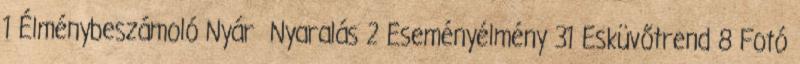
1 Élménybeszámoló Nyár Nyaralás 2 Eseményélmény 31 Esküvőtrend 8 Fotó